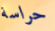
حراسة